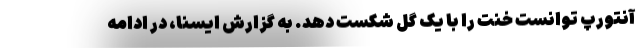
آنتورپ توانست خنت را با یک گل شکست دهد. به گزارش ایسنا، در ادامه